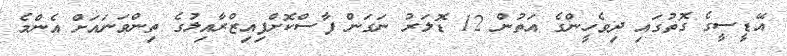
އޭޑީސީގެ ގޮތުގައި ދިވެހީންގެ އަތުން 12 ޑޮލަރު ނަގަން ފާސްކޮށްފިއިޒްރާއިލުގެ ތިންވަނައަށް އެންމެ